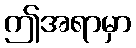
ဤအရာမှာ